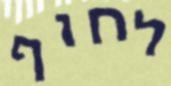
לחוף